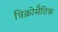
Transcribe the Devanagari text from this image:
त्रिक्रोमैटिक